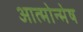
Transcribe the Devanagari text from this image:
आत्मोन्मेष